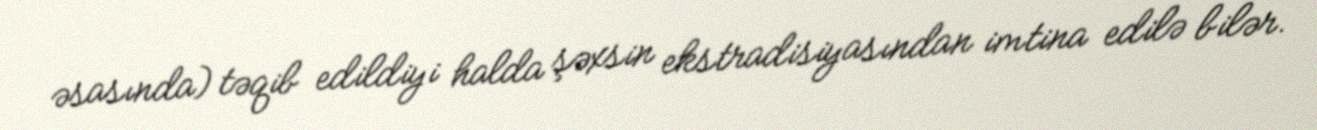
əsasında) təqib edildiyi halda şəxsin ekstradisiyasından imtina edilə bilər.